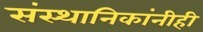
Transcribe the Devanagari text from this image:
संस्थानिकांनीही